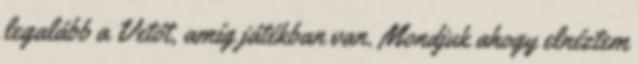
legalább a Vetót, amíg játékban van. Mondjuk ahogy elnéztem